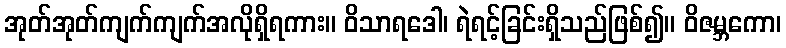
အုတ်အုတ်ကျက်ကျက်အလိုရှိရကား။ ဝိသာရဒေါ၊ ရဲရင့်ခြင်းရှိသည်ဖြစ်၍။ ဝိဇမ္ဘကော၊